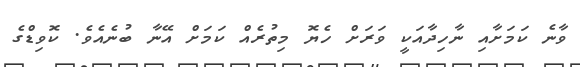
ވާނެ ކަމަށާއި ނާހިދާއަކީ ވަރަށް ހެޔޮ މިތުރެއް ކަމަށް އޭނާ ބުނެއެވެ. ކޮވިޑްގެ